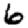
Digit: 6